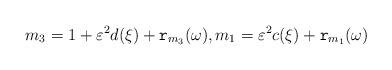
LaTeX: \begin{align*}m_3=1+\varepsilon^2 d(\xi)+\mathtt{r}_{m_3}(\omega), m_1=\varepsilon^2 c(\xi)+\mathtt{r}_{m_1}(\omega)\end{align*}